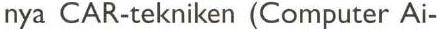
nya CAR-tekniken (Computer Ai-